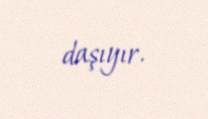
daşıyır.